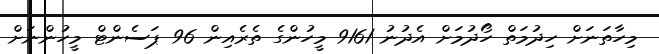
މިހާތަނަށް ހިދުމަތް ހޯދުމަށް އެދުނު 9161 މީހުންގެ ތެރެއިން 96 ޕަސެންޓް މީހުންނަށް